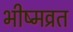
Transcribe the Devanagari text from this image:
भीष्मव्रत